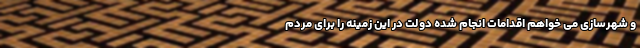
و شهرسازی می خواهم اقدامات انجام شده دولت در این زمینه را برای مردم